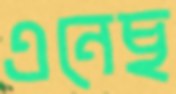
এনেছ